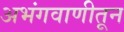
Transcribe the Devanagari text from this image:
अभंगवाणीतून